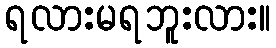
ရလားမရဘူးလား။